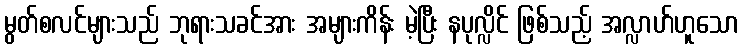
မွတ်စလင်များသည် ဘုရားသခင်အား အများကိန်း မဲ့ပြီး နပုလ္လိင် ဖြစ်သည့် အလ္လာဟ်ဟူသော